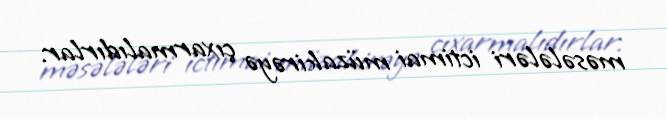
məsələləri ictimai müzakirəyə çıxarmalıdırlar.